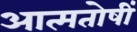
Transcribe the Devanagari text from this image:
आत्मतोषीं